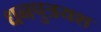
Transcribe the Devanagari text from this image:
धनपुत्रयश